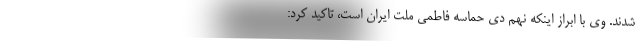
شدند. وی با ابراز اینکه نهم دی حماسه فاطمی ملت ایران است، تاکید کرد: